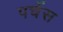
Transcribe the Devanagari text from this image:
पर्चेस